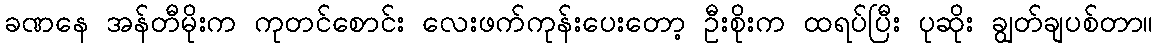
ခဏနေ အန်တီမိုးက ကုတင်စောင်း လေးဖက်ကုန်းပေးတော့ ဦးစိုးက ထရပ်ပြီး ပုဆိုး ချွတ်ချပစ်တာ။